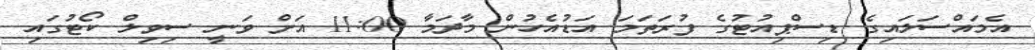
އެމައްސަލައިގެ ޑިސްޕިއުޓުގެ ފުރަތަމަ އަޑުއެހުން މާދަމާ 11:00 އަށް ވަނީ ސިވިލް ކޯޓުގައި